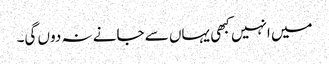
میں انہیں کبھی یہاں سے جانے نہ دوں گی۔